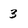
Character: 3